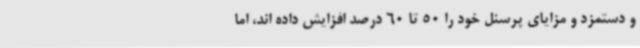
و دستمزد و مزایای پرسنل خود را 50 تا 60 درصد افزایش داده اند، اما